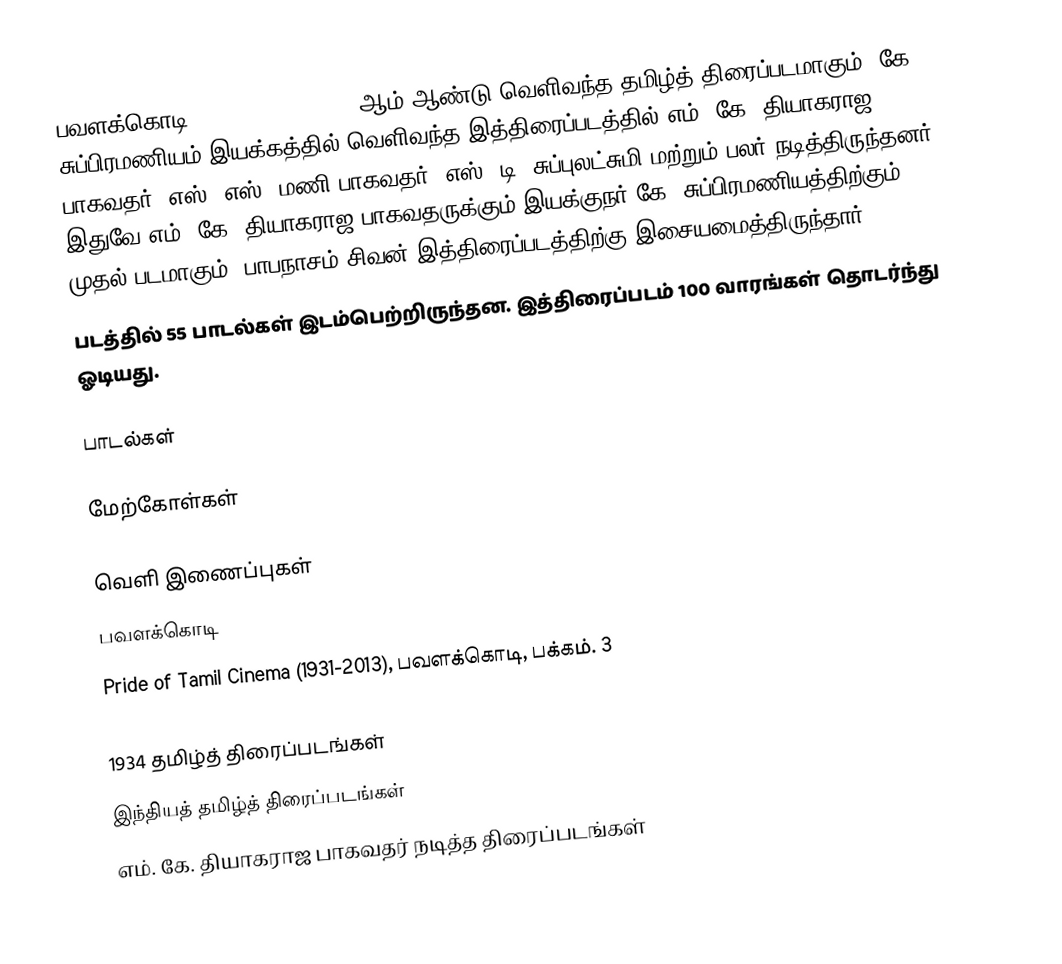
பவளக்கொடி (Pavalakkodi) 1934 ஆம் ஆண்டு வெளிவந்த தமிழ்த் திரைப்படமாகும். கே. சுப்பிரமணியம் இயக்கத்தில் வெளிவந்த இத்திரைப்படத்தில் எம். கே. தியாகராஜ பாகவதர், எஸ். எஸ். மணி பாகவதர், எஸ். டி. சுப்புலட்சுமி மற்றும் பலர் நடித்திருந்தனர். இதுவே எம். கே. தியாகராஜ பாகவதருக்கும் இயக்குநர் கே. சுப்பிரமணியத்திற்கும் முதல் படமாகும். பாபநாசம் சிவன் இத்திரைப்படத்திற்கு இசையமைத்திருந்தார்.
படத்தில் 55 பாடல்கள் இடம்பெற்றிருந்தன. இத்திரைப்படம் 100 வாரங்கள் தொடர்ந்து ஓடியது.

பாடல்கள்

மேற்கோள்கள்

வெளி இணைப்புகள்
 பவளக்கொடி
 Pride of Tamil Cinema (1931-2013), பவளக்கொடி, பக்கம். 3

1934 தமிழ்த் திரைப்படங்கள்
இந்தியத் தமிழ்த் திரைப்படங்கள்
எம். கே. தியாகராஜ பாகவதர் நடித்த திரைப்படங்கள்